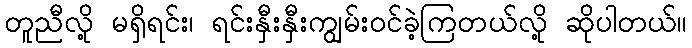
တူညီလို့ မရှိရင်း၊ ရင်းနှီးနှီးကျွမ်းဝင်ခဲ့ကြတယ်လို့ ဆိုပါတယ်။